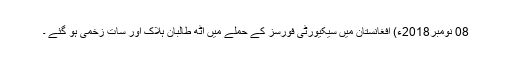
08 نومبر2018ء) افغانستان میں سیکیورٹی فورسز کے حملے میں آٹھ طالبان ہلاک اور سات زخمی ہو گئے ۔